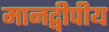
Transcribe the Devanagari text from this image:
मानद्वीपीय